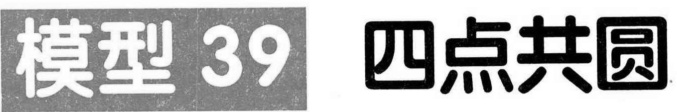
模型 39  四点共圆